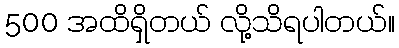
500 အထိရှိတယ် လို့သိရပါတယ်။